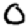
Digit: 0